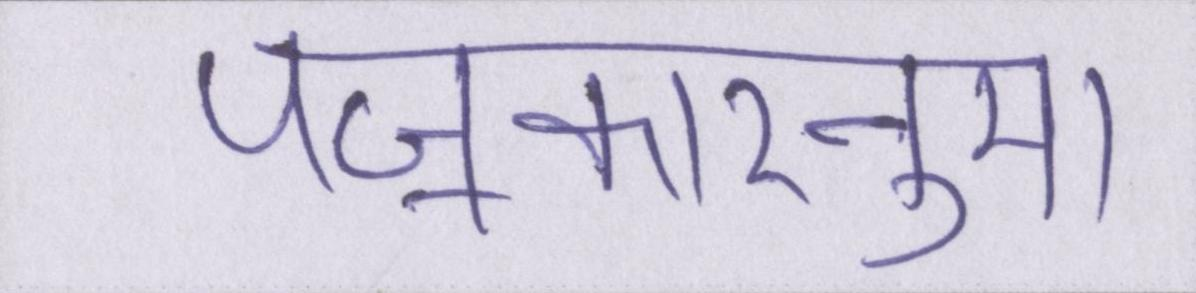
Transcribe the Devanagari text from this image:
पॼकारनुमा